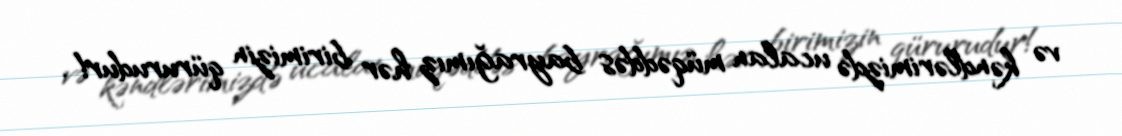
və kəndlərimizdə ucalan müqəddəs bayrağımız hər birimizin qürurudur!.